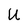
Character: U